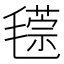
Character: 𣰁